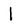
Character: l